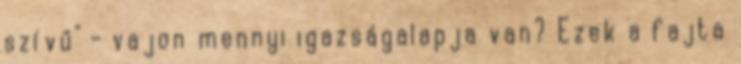
szívű" - vajon mennyi igazságalapja van? Ezek a fajta